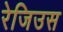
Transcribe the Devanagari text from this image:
रेजिउस